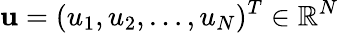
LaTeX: {\mathbf u}=(u_{1},u_{2},\ldots,u_{N})^{T}\in\mathbb{R}^{N}